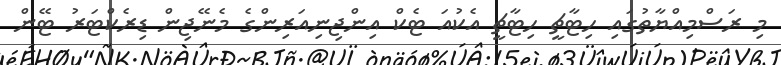
މި ރަސްމިއްޔާތުގައި ހިޓާޗީ ހިޓާޗީ އެކުއަ ޓެކް އިންޖިނިއަރިންގެ މެނޭޖިން ޑިރެކްޓަރު ޓޭން